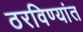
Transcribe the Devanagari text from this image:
ठरविण्यांत